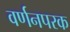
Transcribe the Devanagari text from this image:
वर्णनपरक